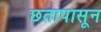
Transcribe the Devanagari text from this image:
छतापासून